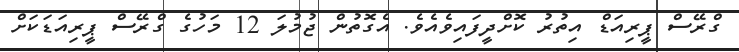
ގްރޭސް ޕީރިއަޑް އިތުރު ކޮށްދީފައިވެއެވެ. އެގޮތުން ޖުމުލަ 12 މަހުގެ ގްރޭސް ޕީރިއަޑަކަށް